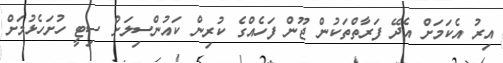
އިރު އެކަމަށް އެދޭ ފަރާތްތަކުން ޖޫން ފަހެއްގެ ކުރިން ކައުންސިލަށް ސިޓީ ހުށަހެޅުމަށް